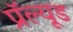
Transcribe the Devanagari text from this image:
प्रॅल्यूड